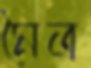
মৈত্র